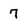
Character: 7